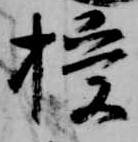
授